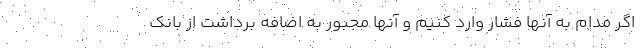
اگر مدام به آنها فشار وارد کنیم و آنها مجبور به اضافه برداشت از بانک